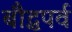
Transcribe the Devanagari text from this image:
बौद्धपर्व